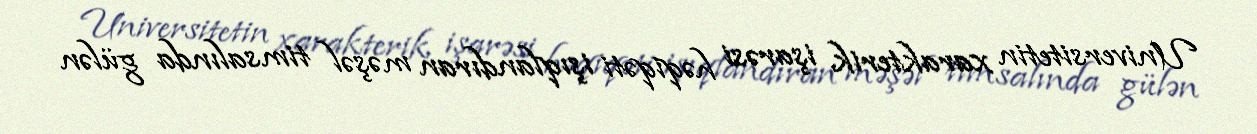
Universitetin xarakterik işarəsi həqiqəti işıqlandıran məşəl timsalında gülən